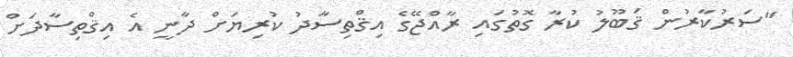
"ސަރުކާރުން ޤަބޫލު ކުރާ ގޮތުގައި ރާއްޖޭގެ އިޤްތިސާދު ކުރިޔަށް ދާނީ އެ އިޤްތިސާދަށް